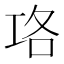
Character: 𭘇